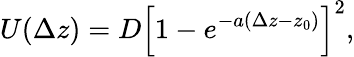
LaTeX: U(\Delta z)=D\left[1-e^{-a(\Delta z-z_{0})}\right]^{2},